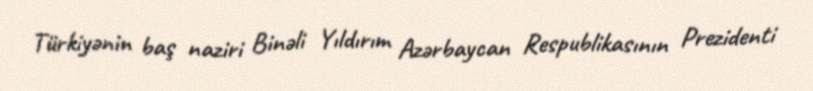
Türkiyənin baş naziri Binəli Yıldırım Azərbaycan Respublikasının Prezidenti